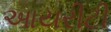
આયરીટી